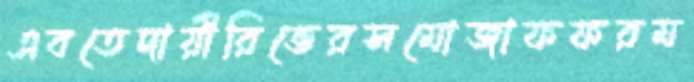
এবতেদায়ীরিভেরসমোজাফফরম